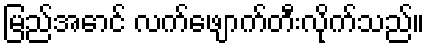
မြည်အောင် လက်ဖျောက်တီးလိုက်သည်။